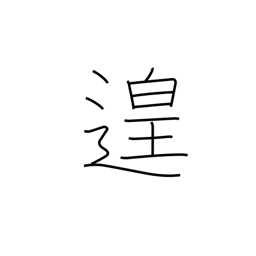
Meaning: leisure